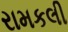
રામકલી